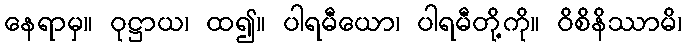
နေရာမှ။ ဝုဋ္ဌာယ၊ ထ၍။ ပါရမီယော၊ ပါရမီတို့ကို။ ဝိစိနိဿာမိ၊